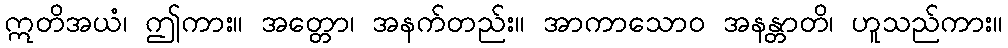
ဣတိအယံ၊ ဤကား။ အတ္တော၊ အနက်တည်း။ အာကာသောဝ အနန္တာတိ၊ ဟူသည်ကား။